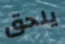
يلحق